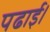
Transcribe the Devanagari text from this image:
पढाई।